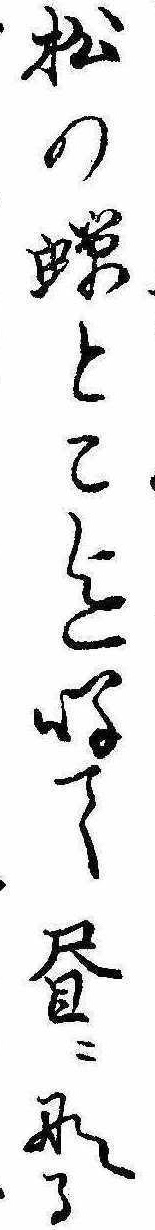
松の蝉とこ迄鳴て昼になる